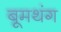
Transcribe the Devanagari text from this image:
बूमथंग